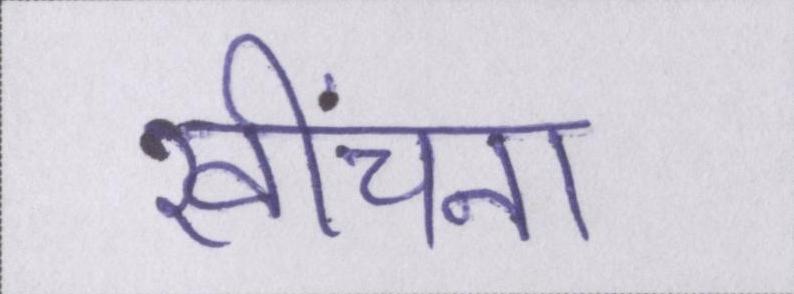
खींचना